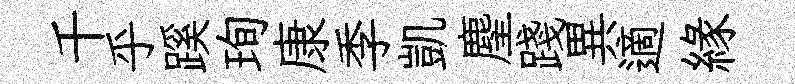
千乎蹊珣康季凱麈踐異適緣